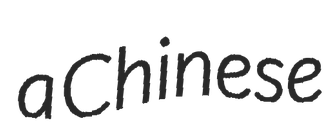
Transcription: a Chinese